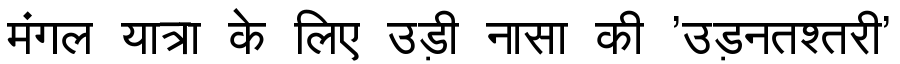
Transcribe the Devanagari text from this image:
मंगल यात्रा के लिए उड़ी नासा की 'उड़नतश्तरी'